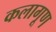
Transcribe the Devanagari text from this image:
कलागूण